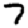
Digit: 7